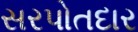
સરપોતદાર